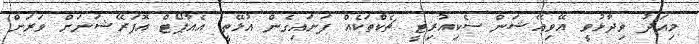
މިއަދު ވިދާޅުވީ އޭވިއޭޝަން ސެކިއުރިޓީ ޗެކްތަކެއް ފަށައިގެން އުޅޭތީ އެއާޕޯޓް އޮޕަރޭޝަނަށް ވަރަށް